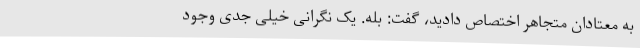
به معتادان متجاهر اختصاص دادید، گفت: بله. یک نگرانی خیلی جدی وجود